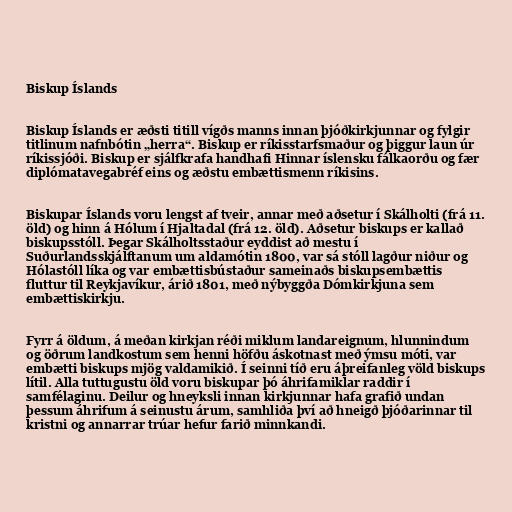
Biskup Íslands

Biskup Íslands er æðsti titill vígðs manns innan þjóðkirkjunnar og fylgir
titlinum nafnbótin „herra“. Biskup er ríkisstarfsmaður og þiggur laun úr
ríkissjóði. Biskup er sjálfkrafa handhafi Hinnar íslensku fálkaorðu og fær
diplómatavegabréf eins og æðstu embættismenn ríkisins.

Biskupar Íslands voru lengst af tveir, annar með aðsetur í Skálholti (frá 11.
öld) og hinn á Hólum í Hjaltadal (frá 12. öld). Aðsetur biskups er kallað
biskupsstóll. Þegar Skálholtsstaður eyddist að mestu í
Suðurlandsskjálftanum um aldamótin 1800, var sá stóll lagður niður og
Hólastóll líka og var embættisbústaður sameinaðs biskupsembættis
fluttur til Reykjavíkur, árið 1801, með nýbyggða Dómkirkjuna sem
embættiskirkju.

Fyrr á öldum, á meðan kirkjan réði miklum landareignum, hlunnindum
og öðrum landkostum sem henni höfðu áskotnast með ýmsu móti, var
embætti biskups mjög valdamikið. Í seinni tíð eru áþreifanleg völd biskups
lítil. Alla tuttugustu öld voru biskupar þó áhrifamiklar raddir í
samfélaginu. Deilur og hneyksli innan kirkjunnar hafa grafið undan
þessum áhrifum á seinustu árum, samhliða því að hneigð þjóðarinnar til
kristni og annarrar trúar hefur farið minnkandi.